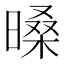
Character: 𣉕